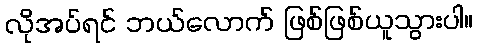
လိုအပ်ရင် ဘယ်လောက် ဖြစ်ဖြစ်ယူသွားပါ။